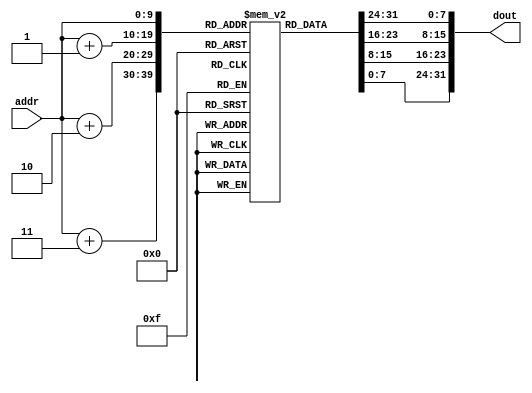
module im_1k (
    input [9:0] addr,
    output [31:0] dout
);

reg [7:0] im[1023:0];

assign dout = { im[addr], im[addr + 1], im[addr + 2], im[addr + 3] };

endmodule